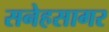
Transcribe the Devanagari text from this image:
सनेहसागर